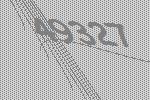
49327